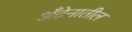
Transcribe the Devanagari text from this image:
अँटेनातील